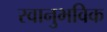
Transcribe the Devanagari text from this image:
स्वानुभविक